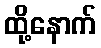
ထို့နောက်